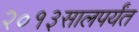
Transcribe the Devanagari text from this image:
२०१३सालपर्यंत